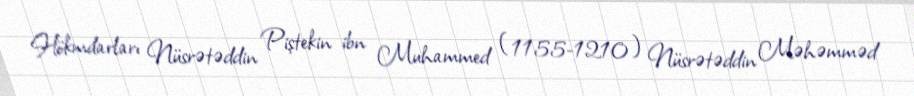
Hökmdarları Nüsrətəddin Piştekin ibn Muhammed (1155-1210) Nüsrətəddin Məhəmməd